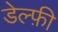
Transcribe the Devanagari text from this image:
डेल्फ़ी